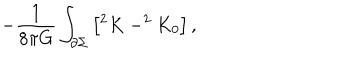
LaTeX: - \frac { 1 } { 8 \pi G } \int _ { \partial \Sigma } \left[ ^ { 2 } K - ^ { 2 } K _ { 0 } \right] ,